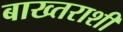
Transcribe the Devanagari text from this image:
बाख्तराशी